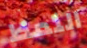
النمط